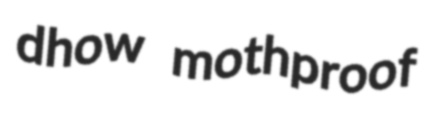
dhow mothproof